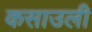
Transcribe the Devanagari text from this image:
कसाउली